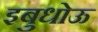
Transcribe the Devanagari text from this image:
इबुधोऊ